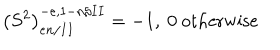
\left( S ^ { 2 } \right) _ { e n / I I } ^ { - e , 1 - n / I I } = - 1 , \ 0 \mathrm { ~ o t h e r w i s e }